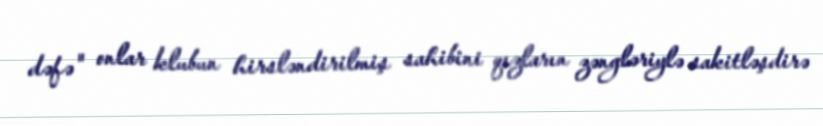
dəfə" onlar klubun hirsləndirilmiş sahibini qızların zəngləriylə sakitləşdirə